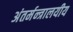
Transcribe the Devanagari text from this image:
अंतर्मन्त्रालयीय